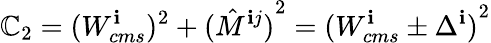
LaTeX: \mathbb{C}_{2}=({W_{cms}^{\mathbf{i}}})^{2}+{(\hat{{M}}^{\mathbf{i}j})}^{2}={(W_{cms}^{\mathbf{i}}\pm\Delta^{\mathbf{i}})}^{2}